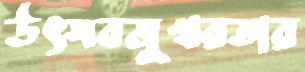
উৎসবমুখরতার